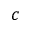
c